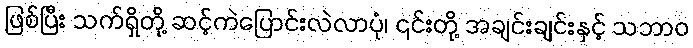
ဖြစ်ပြီး သက်ရှိတို့ ဆင့်ကဲပြောင်းလဲလာပုံ၊ ၎င်းတို့ အချင်းချင်းနှင့် သဘာဝ